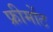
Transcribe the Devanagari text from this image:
फ्रीमोंट